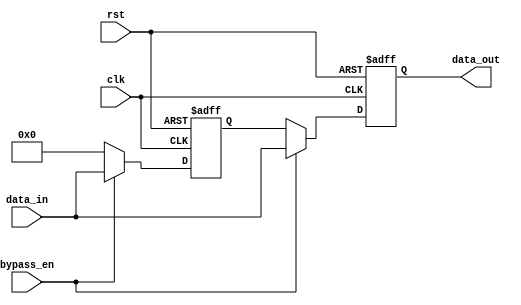
module Simple_Bypass(
    input wire clk,        // Clock signal
    input wire rst,        // Reset signal
    input wire bypass_en,  // Bypass enable signal
    input wire [31:0] data_in,  // Input data
    output reg [31:0] data_out  // Output data
);

reg [31:0] bypass_reg;  // Bypass register to store incoming data

always @(posedge clk or posedge rst) begin
    if (rst) begin
        bypass_reg <= 0;  // Reset bypass register
        data_out <= 0;    // Reset output data
    end else begin
        if (bypass_en) begin
            bypass_reg <= data_in;  // Store incoming data in bypass register
            data_out <= data_in;    // Output data is the same as input data
        end else begin
            bypass_reg <= 0;        // Clear bypass register
            data_out <= bypass_reg; // Output bypass register data
        end
    end
end

endmodule